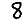
Digit: 8